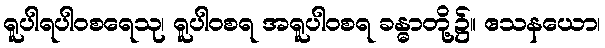
ရူပါရပါဝစရေသု၊ ရူပါဝစရ အရူပါဝစရ ခန္ဓာတို့၌။ ဧသနယော၊